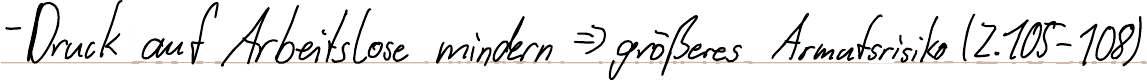
- Druck auf Arbeitslose mindern => größeres Armutsrisiko (Z.105-108)